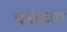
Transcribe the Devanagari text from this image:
घनाच्या